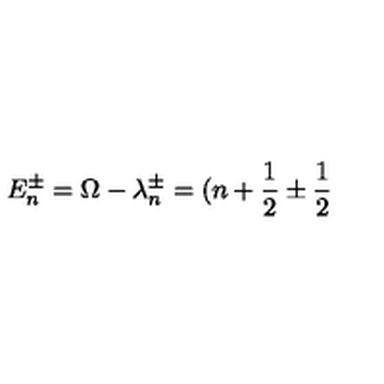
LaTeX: E _ { n } ^ { \pm } = \Omega - \lambda _ { n } ^ { \pm } = ( n + \frac { 1 } { 2 } \pm \frac { 1 } { 2 }